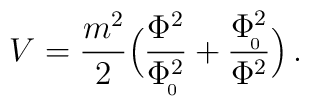
V= {m^2\over 2}\Big({\Phi^2\over\Phi_{\!_0}^2}+ {\Phi_{\!_0}^2\over \Phi^2}  \Big)\, .